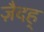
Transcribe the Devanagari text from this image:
ज़ैदह्